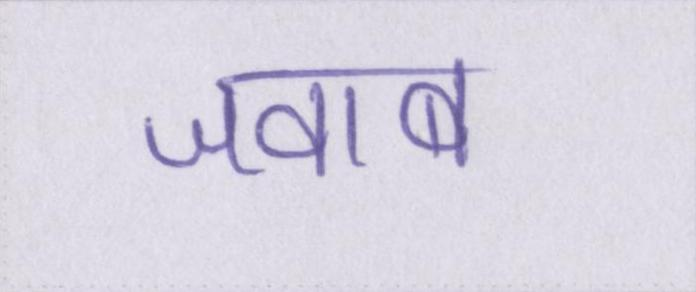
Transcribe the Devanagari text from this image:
जवाब